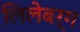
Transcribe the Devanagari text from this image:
लिलेबर्ग